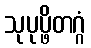
သုပုပ္ဖိတဂ္ဂံ